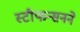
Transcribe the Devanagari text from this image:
स्टीफन्सनने